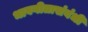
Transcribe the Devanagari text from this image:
भावगीतासंबंधी